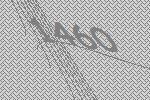
1460